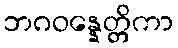
ဘဂဝန္နေတ္တိကာ